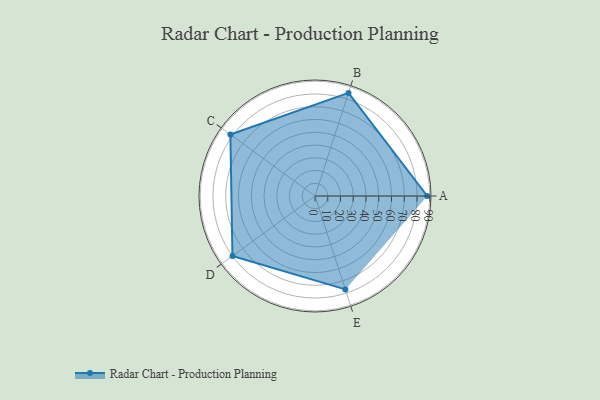
{"axis": {"x": "Skill", "y": "Score"}, "legend": ["Profile"], "data": [{"x": "A", "y": 88.0, "type": "Profile"}, {"x": "B", "y": 85.0, "type": "Profile"}, {"x": "C", "y": 82.0, "type": "Profile"}, {"x": "D", "y": 80.0, "type": "Profile"}, {"x": "E", "y": 77.0, "type": "Profile"}]}